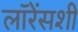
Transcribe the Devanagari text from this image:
लॉरेंसशी